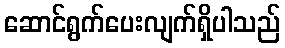
ဆောင်ရွက်ပေးလျက်ရှိပါသည်